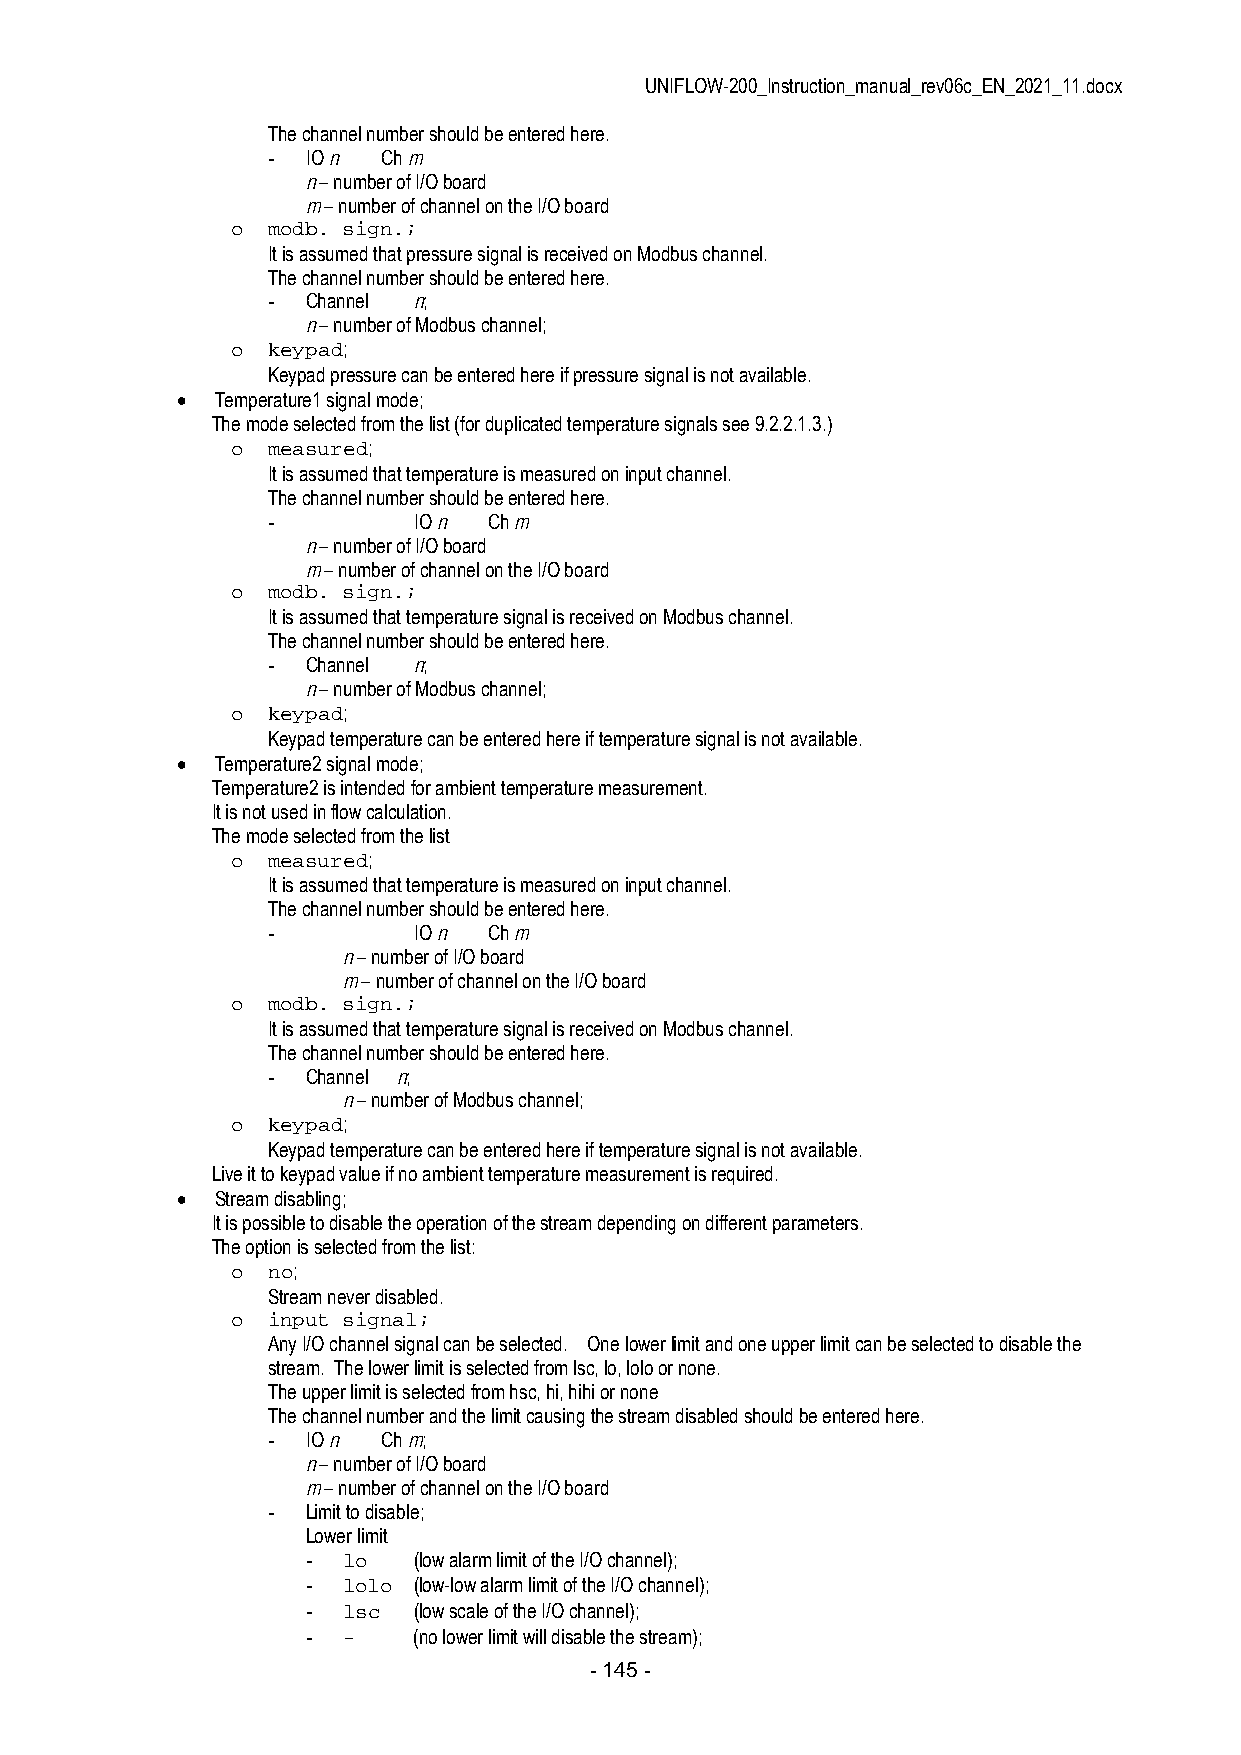
UNIFLOW-200_Instruction_manual_rev06c_EN_2021_11.docx
 The channel number should be entered here.
 - IO n Ch m
 n – number of I/O board
 m – number of channel on the I/O board
 o  modb. sign.;
 It is assumed that pressure signal is received on Modbus channel.
 The channel number should be entered here.
 - Channel n;
 n – number of Modbus channel;
 o  keypad;
 Keypad pressure can be entered here if pressure signal is not available.
  Temperature1 signal mode;
 The mode selected from the list (for duplicated temperature signals see 9.2.2.1.3.)
 o  measured;
 It is assumed that temperature is measured on input channel.
 The channel number should be entered here.
 -        IO n Ch m
 n – number of I/O board
 m – number of channel on the I/O board
 o  modb. sign.;
 It is assumed that temperature signal is received on Modbus channel.
 The channel number should be entered here.
 - Channel n;
 n – number of Modbus channel;
 o  keypad;
 Keypad temperature can be entered here if temperature signal is not available.
  Temperature2 signal mode;
 Temperature2 is intended for ambient temperature measurement.
 It is not used in flow calculation.
 The mode selected from the list
 o  measured;
 It is assumed that temperature is measured on input channel.
 The channel number should be entered here.
 -        IO n Ch m
 n – number of I/O board
 m – number of channel on the I/O board
 o  modb. sign.;
 It is assumed that temperature signal is received on Modbus channel.
 The channel number should be entered here.
 - Channel n;
 n – number of Modbus channel;
 o  keypad;
 Keypad temperature can be entered here if temperature signal is not available.
 Live it to keypad value if no ambient temperature measurement is required.
  Stream disabling;
 It is possible to disable the operation of the stream depending on different parameters.
 The option is selected from the list:
 o  no;
 Stream never disabled.
 o  input signal;
 Any I/O channel signal can be selected. One lower limit and one upper limit can be selected to disable the
 stream. The lower limit is selected from lsc, lo, lolo or none.
 The upper limit is selected from hsc, hi, hihi or none
 The channel number and the limit causing the stream disabled should be entered here.
 - IO n Ch m;
 n – number of I/O board
 m – number of channel on the I/O board
 - Limit to disable;
 Lower limit
 -  lo  (low alarm limit of the I/O channel);
 -  lolo (low-low alarm limit of the I/O channel);
 -  lsc (low scale of the I/O channel);
 -  -   (no lower limit will disable the stream);
 - 145 -